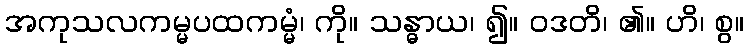
အကုသလကမ္မပထကမ္မံ၊ ကို။ သန္ဓာယ၊ ၍။ ဝဒတိ၊ ၏။ ဟိ၊ စွ။